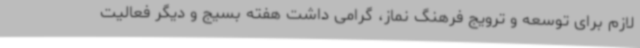
لازم برای توسعه و ترویج فرهنگ نماز، گرامی داشت هفته بسیج و دیگر فعالیت